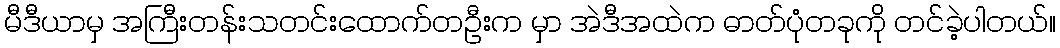
မီဒီယာမှ အကြီးတန်းသတင်းထောက်တဦးက မှာ အဲဒီအထဲက ဓာတ်ပုံတခုကို တင်ခဲ့ပါတယ်။